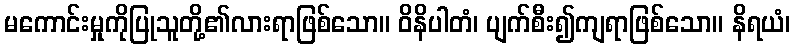
မကောင်းမှုကိုပြုသူတို့၏လားရာဖြစ်သော။ ဝိနိပါတံ၊ ပျက်စီး၍ကျရာဖြစ်သော။ နိရယံ၊